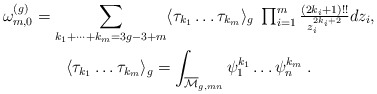
\begin{align*}\begin{gathered}\omega^{(g)}_{m,0}=\sum_{k_1+\dots+k_m=3g-3+m}\langle \tau_{k_1}\dots\tau_{k_m}\rangle_g\;\textstyle\prod_{i=1}^m\frac{(2k_i+1)!!}{z_i^{2k_i+2}}dz_i,\\\langle \tau_{k_1}\dots\tau_{k_m}\rangle_g=\int_{\overline{\mathcal M}_{g,mn}}\psi_1^{k_1}\dots\psi_n^{k_m}\;.\end{gathered}\end{align*}